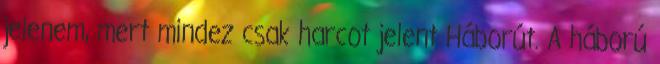
jelenem, mert mindez csak harcot jelent Háborút. A háború